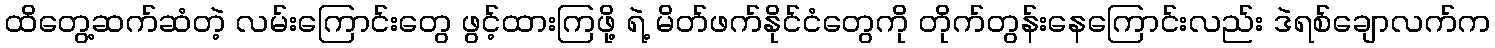
ထိတွေ့ဆက်ဆံတဲ့ လမ်းကြောင်းတွေ ဖွင့်ထားကြဖို့ ရဲ့ မိတ်ဖက်နိုင်ငံတွေကို တိုက်တွန်းနေကြောင်းလည်း ဒဲရစ်ချောလက်က